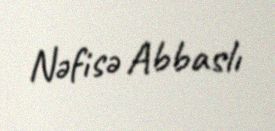
Nəfisə Abbaslı